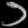
Digit: ၁